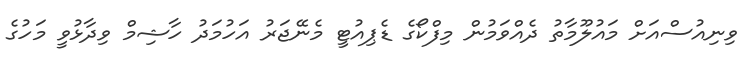
ވިނިއުސްއަށް މައުލޫމާތު ދެއްވަމުން މިފްކޯގެ ޑެޕިއުޓީ މެނޭޖަރު އަހުމަދު ހާޝިމް ވިދާޅުވީ މަހުގެ